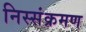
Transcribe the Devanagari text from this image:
निस्संक्रमण